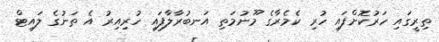
ތިރީގައި ހަރުކޮށްފައި ހުރި ކެމެރާގެ މޫނުމަތި އަނބުރާލާފައި ހުރިއިރު އެ ތަނުގެ ލައިޓް